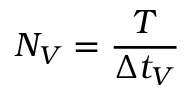
N _ { V } = \frac { T } { \Delta t _ { V } }